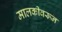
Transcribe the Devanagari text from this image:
मालकीवरून